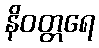
နိဝတ္တရေ